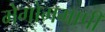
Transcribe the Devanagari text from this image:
मेगोममापी